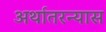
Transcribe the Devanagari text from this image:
अर्थातरन्यास